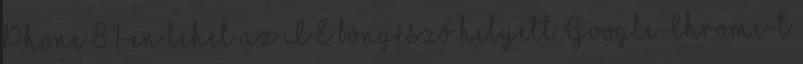
Phone 8.1-en lehet az IE böngésző helyett Google Chrome-t